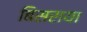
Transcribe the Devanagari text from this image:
बिसराया